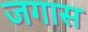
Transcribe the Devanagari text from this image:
जगास